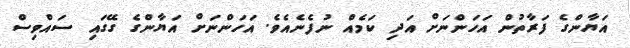
އަޔާންގެ ފަރާތުން އަހަންނަށް އަދި ކަމެއް ނުފެނެއެވެ. އަހަންނަށް އަޔާންގެ ގޭގައި ސައްވިސް